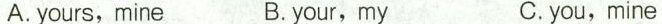
A. yours,mine B. your, my C. you,mine